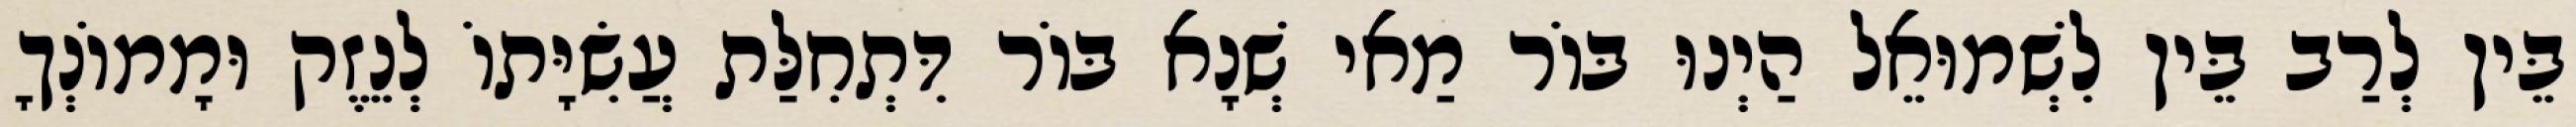
בֵּין לְרַב בֵּין לִשְׁמוּאֵל הַיְנוּ בּוֹר מַאי שְׁנָא בּוֹר דִּתְחִלַּת עֲשִׂיָּתוֹ לְנֵזֶק וּמָמוֹנְךָ